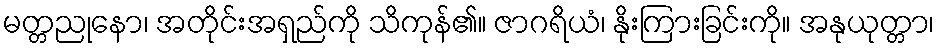
မတ္တညုနော၊ အတိုင်းအရှည်ကို သိကုန်၏။ ဇာဂရိယံ၊ နိုးကြားခြင်းကို။ အနုယုတ္တာ၊